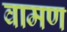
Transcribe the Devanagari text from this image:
वामण